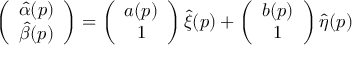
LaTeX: \left( \begin{array} { c c } { { \hat { \alpha } ( p ) } } \\ { { \hat { \beta } ( p ) } } \end{array} \right) = \left( \begin{array} { c c } { { a ( p ) } } \\ { { 1 } } \end{array} \right) \hat { \xi } ( p ) + \left( \begin{array} { c c } { { b ( p ) } } \\ { { 1 } } \end{array} \right) \hat { \eta } ( p )